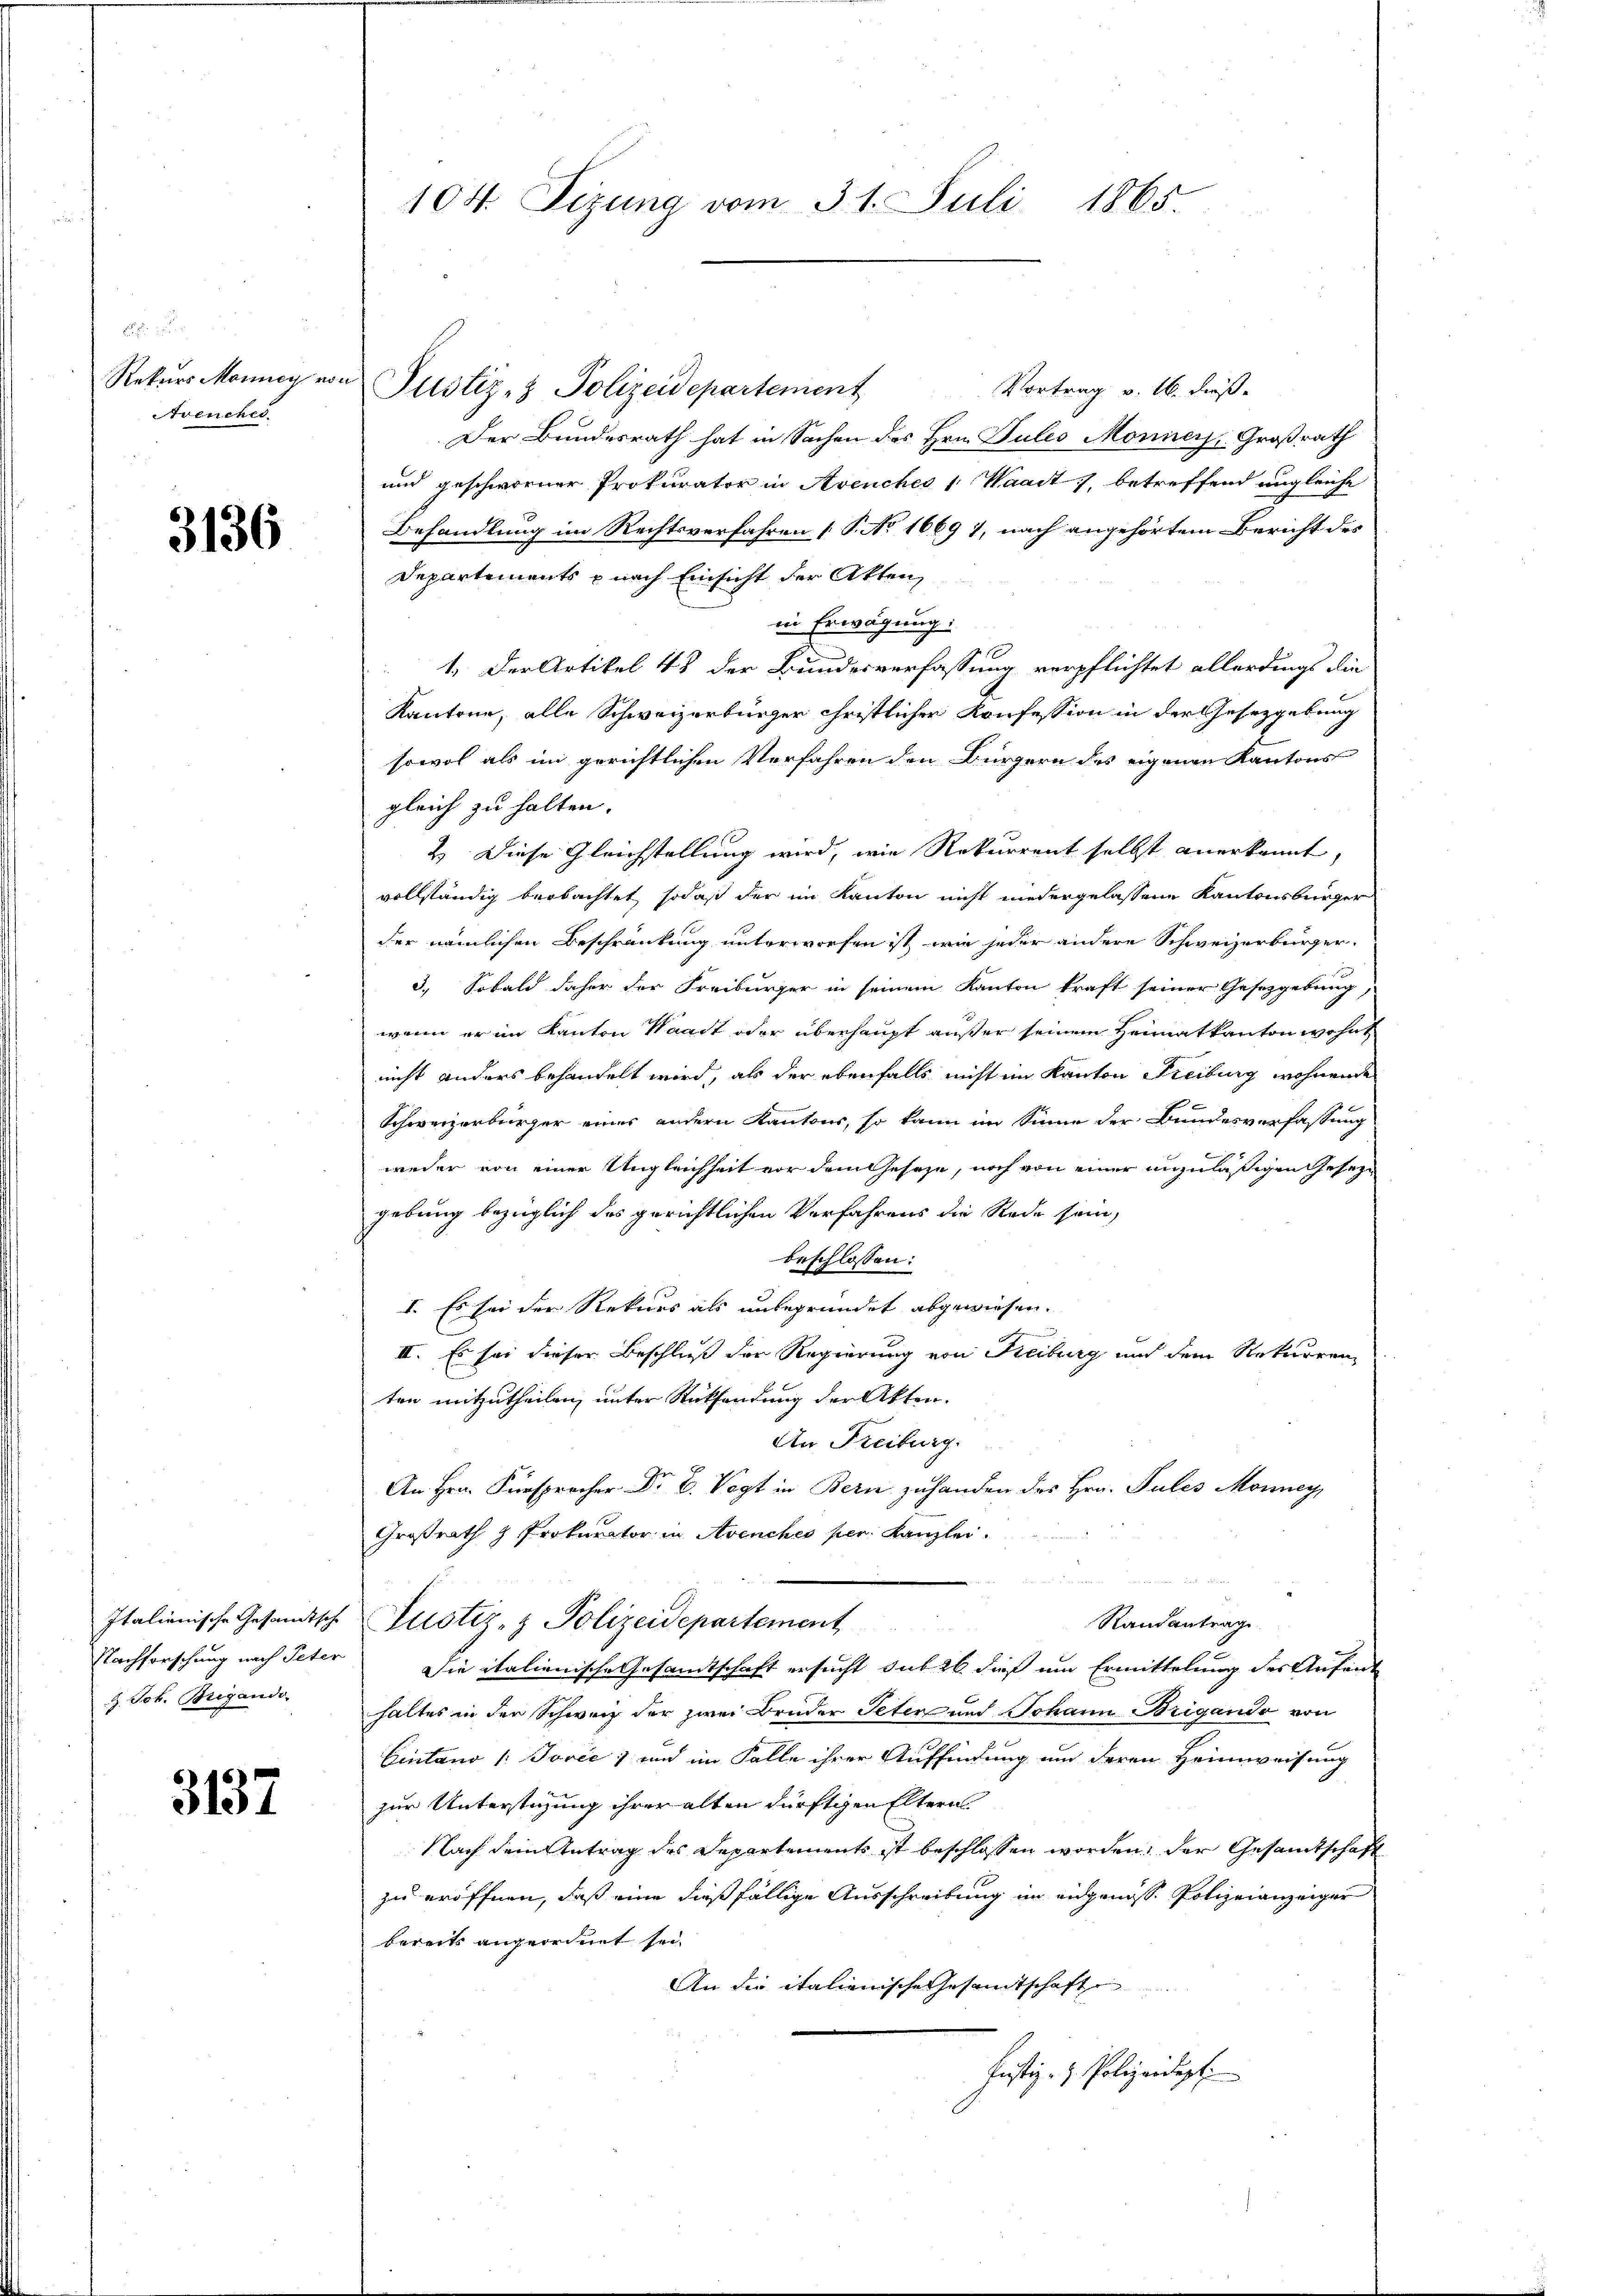
Rekurs Manney von
Avenches.

3136

Z. Joh. Brigando.

3137

Vortrag v. 16. dieß¬
Justiz- & Polizeidepartement
Der Bundesrath hat in Sachen des Hrn. Pules Monners, Großrath
und geschworner Prokurator in Avenches 1 Waadt, betreffend ungleiche
Behandlung im Rechtsverfahren (S. No 1669 1, nach angehörtem Bericht des
Departements p nach Einsicht der Akten,
in Erwägung:
1. Der Artikel 43 der Bundesverfassung verpflichtet allerdings die
Kantone, alle Schweizerbürger christlicher Konfession in der Gesetzgebung
sowol als im gerichtlichen Verfahren den Bürgern des eigenen Kantons
gleich zu halten.
2.) Diese Gleichstellung wird, wie Rekurrent selbst anerkannt,
vollständig beobachtet, sodaß der im Kanton nicht niedergelassene Kantonsbürger
der nämlichen Beschränkung unterworfen ist, wie jeder andere Schweizerbürger.
3.) Sobald daher der Freiburger in seinem Kanton kraft seiner Gesetzgebung,
wenn er im Kanton Waadt oder überhaupt außer seinem Heimatkanton wohnt
nicht anders behandelt wird, als der ebenfalls nicht im Kanton Freiburg wohnende
Schweizerbürger eines andern Kantons, so kann im Sinne der Bundesverfassung
weder von einer Ungleichheit vor dem Geseze, noch von einer anzuläßigen Gesezgebung bezüglich des gerichtlichen Verfahrens die Rede sein,
beschlossen:
I. Es sei der Rekurs als unbegründet abgewiesen.
III. Es sei dieser Beschluß der Regierung von Freiburg und dem Rekurrenz
ten mitzutheilen, unter Rücksendung der Akten.
An Freiburg.
An Hrn. Fürsprecher Dr. B. Vogt in Bern zuhanden des Hrn. Pules Monney,
Großrath & Prokurator in Avenches per. Kanzlei.
Randantrag
Italienische Gesandtsche Justiz- & Polizeidepartement
Nachforschung nach Peter Die italienische Gesamtschaft ersucht sub 26 dieß um Ermittelung des Aufent
haltes in der Schweiz der zwei Bruder Peter und Johann Brigando von
Eintano /:Jović und im Falle ihrer Auffindung um deren Heimweisung
zur Unterstützung ihrer alten dürftigen Eltern
Nach dem Antrag des Departements ist beschlossen worden, der Gesandtschaft
zu eröffnen, daß eine dießfällige Ausschreibung im eidgenosse Polizeianzeiger
bereits angeordnet sei
An die italienische Gesandtschafte
Justiz- & Polizeidept

104. Sizung vom 31. Juli 1865.